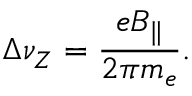
\Delta \nu _ { Z } = \frac { e B _ { \parallel } } { 2 \pi m _ { e } } .